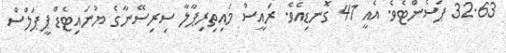
32.63 ޕަސެންޓެވެ. އެއީ 41 ގޮނޑިއެވެ. ރައީސް މައިތިރިޕާލާ ސިރިސޭނާގެ ޔުނައިޓެޑް ޕީޕަލްސް